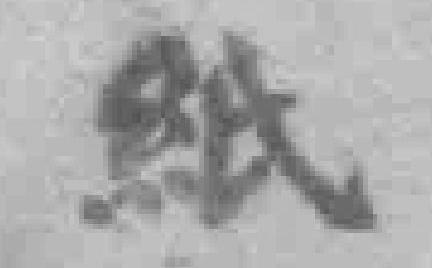
紙